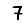
Digit: 7